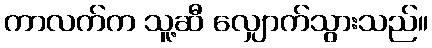
ကာလက်က သူ့ဆီ လျှောက်သွားသည်။